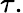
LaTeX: \tau.